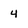
Character: 4